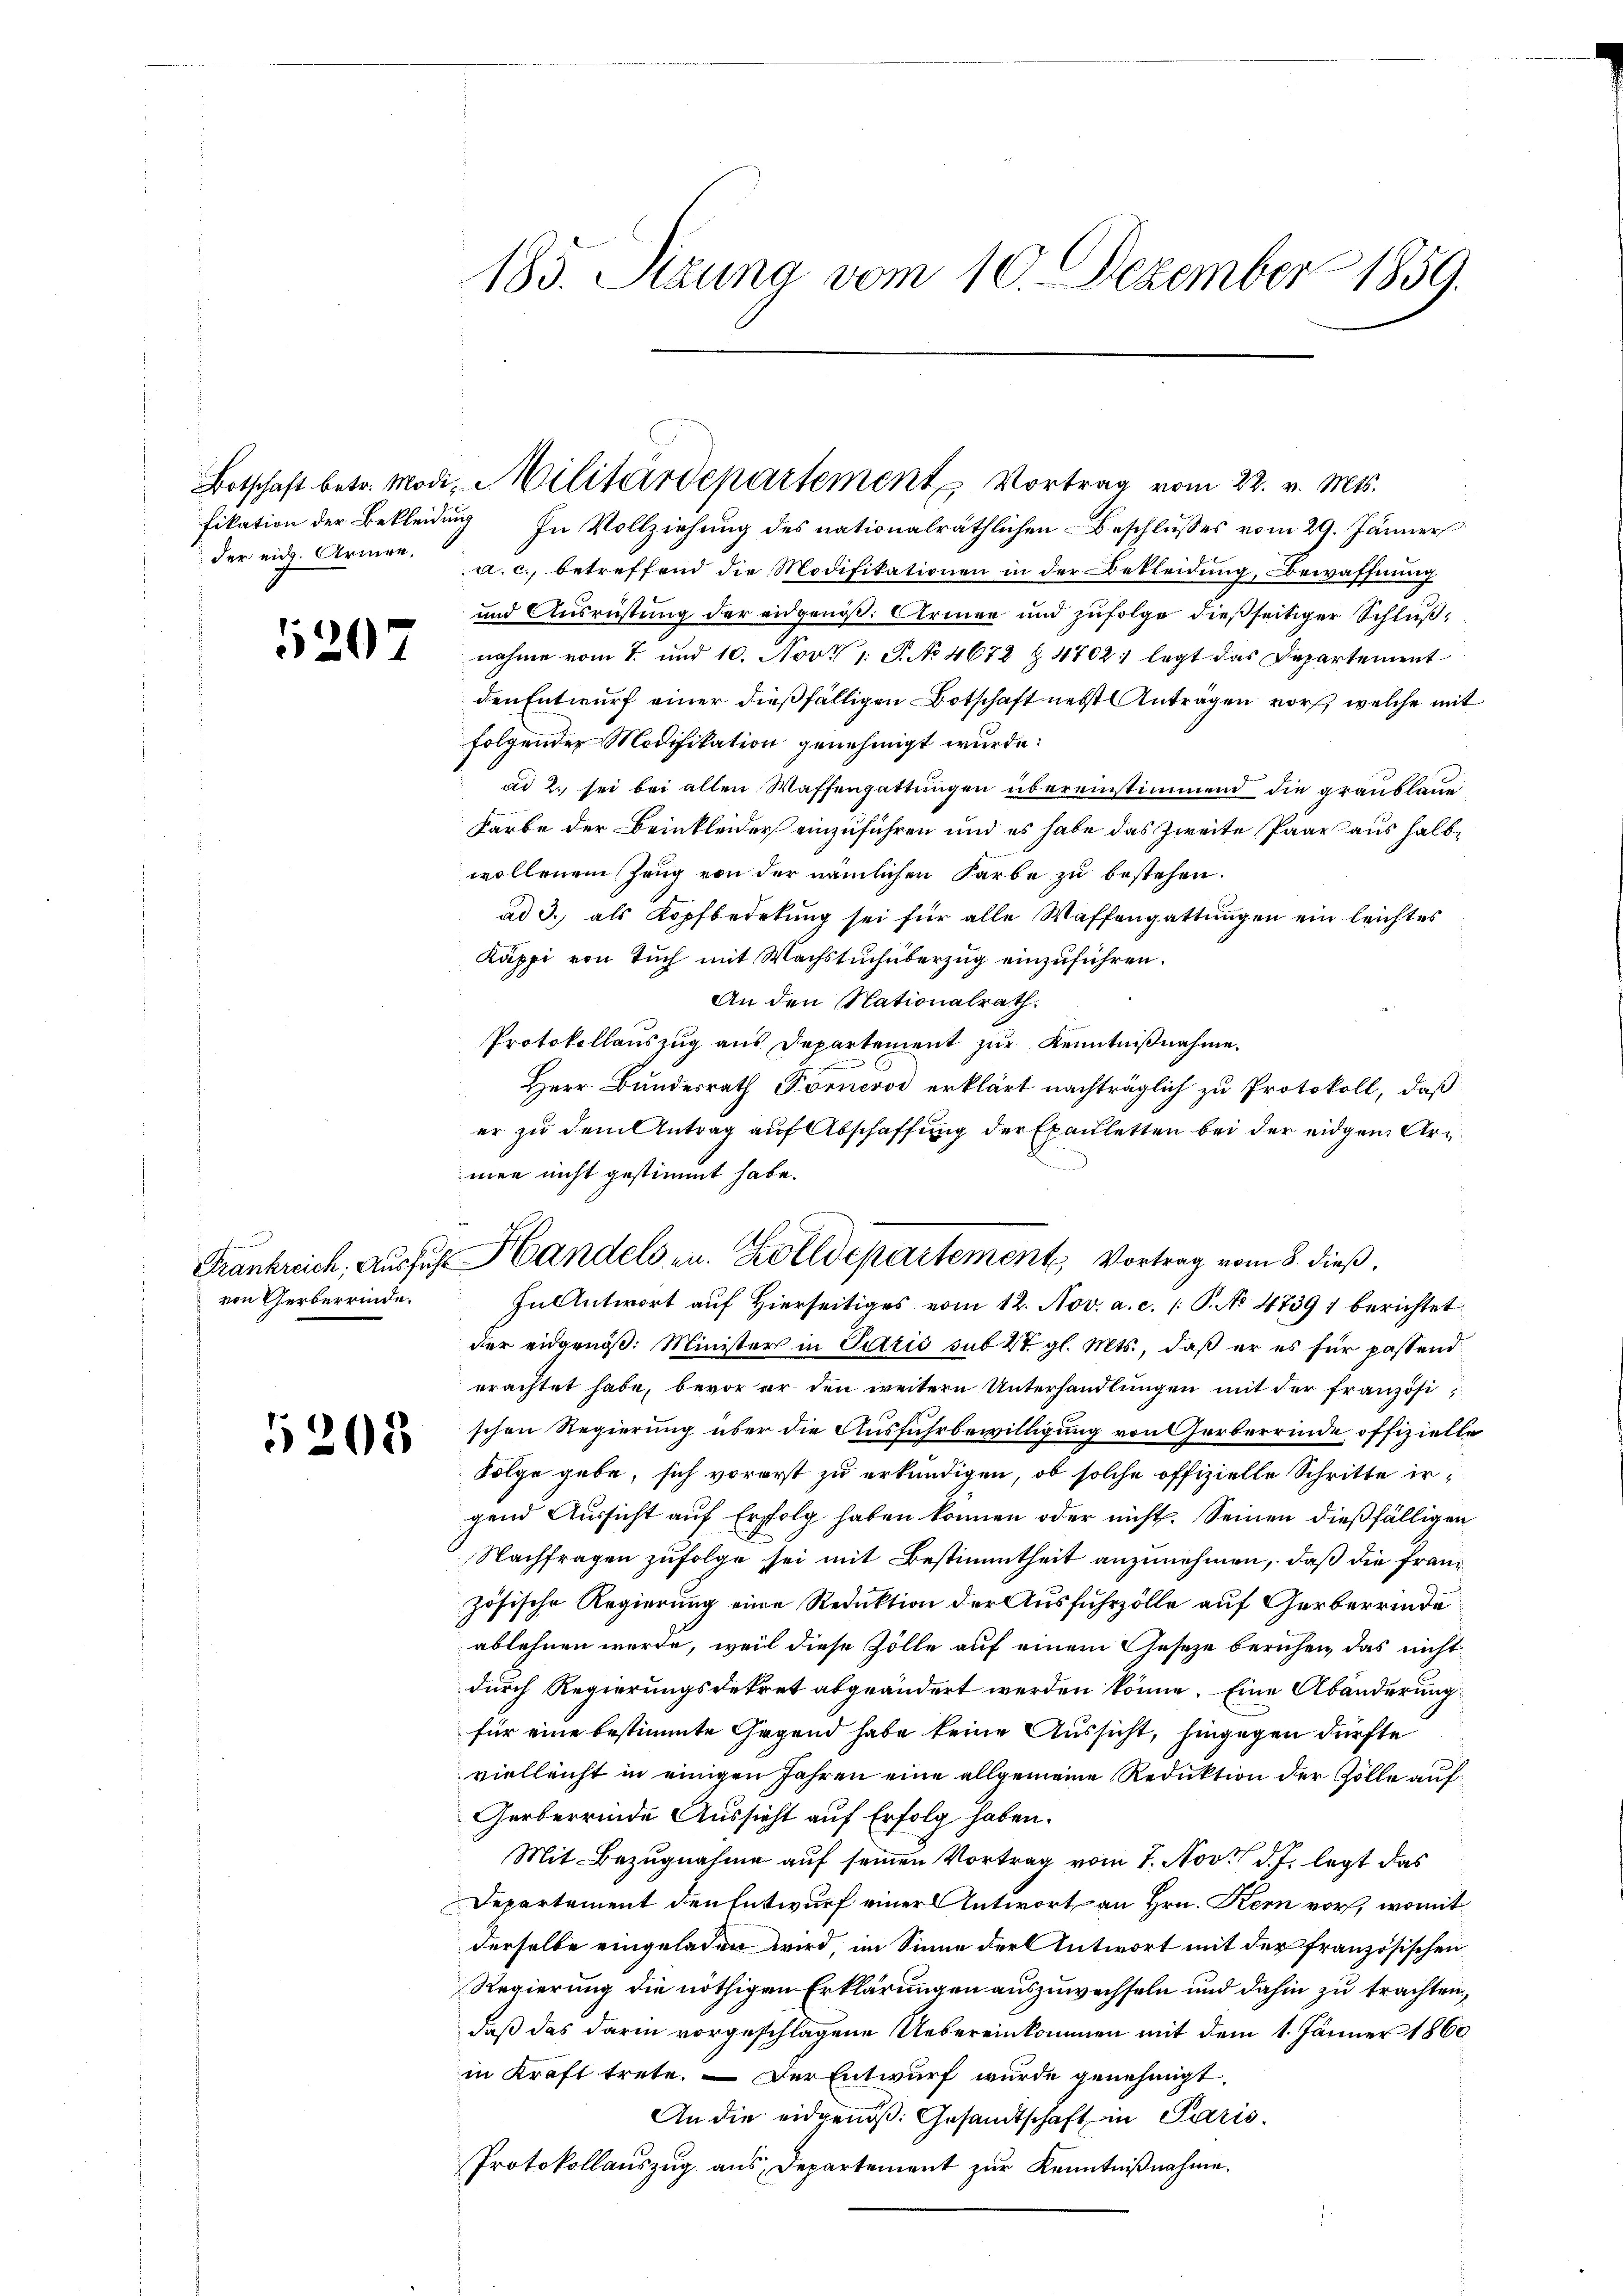
der eid. Armen,

1207

von Gerberrinde.

5208

185. Stauna vom 10. Dezember 1859.

Botschaft betr. Modi, Militärdepartement Vortrag vom 22. v. Mts.

Frankreich, ausfuhr Handelsen. Zolldepartement Vortrag vom 8. dieß.
In Antwort auf Hierseitiges vom 12. Nov. a. c. /: P. No 4739) berichtet

fikation der Bekleidung. In Vollziehung des nationalräthlichen Beschlusses vom 29. Jänner
a. c., betreffend die Modifikationen in der Bekleidung, Bewaffnung
und Ausrüstung der eidgenöß: Armen und zufolge dießseitiger Schlußnahme vom 7. und 10. Nov. 1. P. No 4672 & 4702, legt das Departement
den Entwurf einer dießfälligen Botschaft nebst Anträgen vor, welche mit
folgender Modifikation genehmigt wurde:
ad 2., sei bei allen Waffengattungen übereinstimmend die grauslaue
Farbe der Beinkleider einzuführen und es habe das Zweite Paar aus halbwollenen Zeug von der nämlichen Farbe zu bestehen.
ad 3., als Kopfbedekung sei für alle Waffengattungen ein leichtes
Käppi von Tuch mit Wachstuchüberzug einzuführen.
An den Nationalrath.
Protokollauszug aus Departement zur Kenntnißnahme.
Herr Bundesrath Fornerod erklärt nachträglich zu Protokoll, daß
er zu dem Antrag auf Abschaffung der Execlletten bei der eidgen Arz
men nicht gestimmt habe.
der eidgenöß: Minister in Patris sub 27. gl. Mts., daß er es für passend
erachtet habe, bevor er den weitern Unterhandlungen mit der französischen Regierung über die Ausfuhrbewilligung von Gerberrinde offizielle
Folge gebe, sich vorerst zu erkundigen, ob solche offizielle Schritte irgend Aussicht auf Erfolg haben können oder nicht. Seinen dießfälligen
Nachfragen zufolge sei mit Bestimmtheit anzunehmen, daß die französische Regierung eine Reduktion der Ausfuhrzölle auf Gerberrinde
ablehnen werde, weil diese Zölle auf einem Geseze beruhen, das nicht
durch Regierungsdekret abgeändert werden könne. Eine Abänderung
für eine bestimmte Gegend habe keine Aussicht, hingegen dürfte
vielleicht in einigen Jahren eine allgemeine Reduktion der Zölle auf
Gerberrinde Aussicht auf Erfolg haben.
Mit Bezugnahme auf seinen Vortrag vom 7. Nov. d. J. legt das
Departement den Entwurf einer Antwort an Hrn. Kern vor, womit
derselbe eingeladen wird, im Sinne der Antwort mit der französischen
Regierung die nöthigen Erklärungen auszuwechseln und dahin zu trachten,
daß das darin vorgeschlagene Uebereinkommen mit dem 1. Jänner 1860
in Kraft trete. — Der Entwurf wurde genehmigt.
An die eidgenoß: Gesandtschaft in Paris
Protokollauszug aus Departement zur Kenntnißnahme.